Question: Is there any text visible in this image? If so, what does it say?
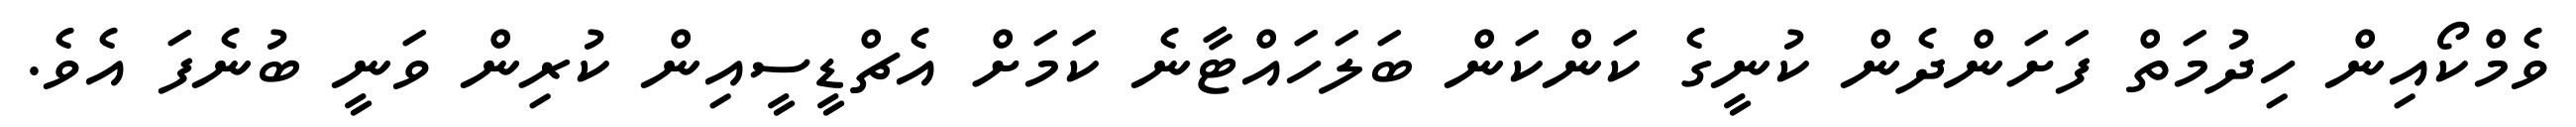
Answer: ވެމްކޯއިން ހިދުމަތް ފަށަންދެން ކުނީގެ ކަންކަން ބަލަހައްޓާނެ ކަމަށް އެޗްޑީސީއިން ކުރިން ވަނީ ބުނެފަ އެވެ.